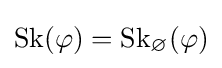
{\mbox{Sk}}(\varphi )={\mbox{Sk}}_{\varnothing }(\varphi )